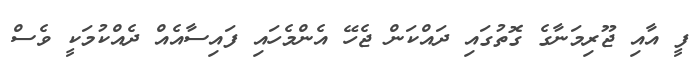
ފީ އާއި ޖޫރިމަނާގެ ގޮތުގައި ދައްކަން ޖެހޭ އެންމެހައި ފައިސާއެއް ދެއްކުމަކީ ވެސް